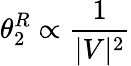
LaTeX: \theta_{2}^{R}\propto\frac{1}{|V|^{2}}